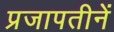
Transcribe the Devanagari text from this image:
प्रजापतीनें